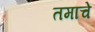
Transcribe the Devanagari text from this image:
तमाचे